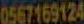
0567169124